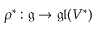
\rho ^ { * } : { \mathfrak { g } } \rightarrow { \mathfrak { g l } } ( V ^ { * } )